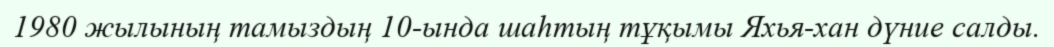
1980 жылының тамыздың 10-ында шаһтың тұқымы Яхья-хан дүние салды.